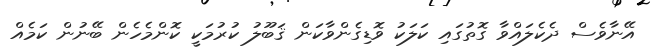
އޭނާވެސް ދެކެލައްވާ ގޮތުގައި ކަލަކު ވޮޑިގެންވާކަން ޤަބޫލު ކުރުމަކީ ކޮންމެހެން ބޭނުން ކަމެއް